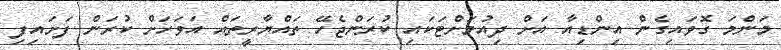
މަންމަ ގޮވައިގެން އިންޑިއާ އަށް ދިއުމަށްޓަކައި ކުރަންޖެހޭ ތައްޔާރީތައް އަވަހަށް ކުރަން ފަށައިފި